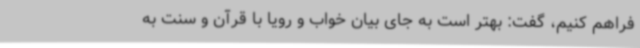
فراهم کنیم، گفت: بهتر است به جای بیان خواب و رویا با قرآن و سنت به